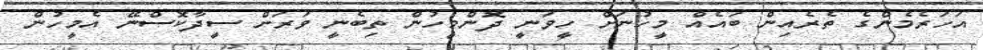
އަހަރެމެންގެ ތެރެއިން ބައެއް މީހުނަށް ހީވަނީ ދޮންމީހުން ތިބެނީ ވަރަށް ސީދާކޮސްނޭ އެމީހުން